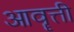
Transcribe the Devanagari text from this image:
आवॄत्ती